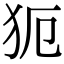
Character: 𤜸